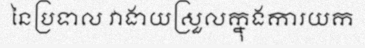
នៃប្រទាល វាងាយស្រួលក្នុងការយក